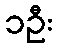
၁ဦး